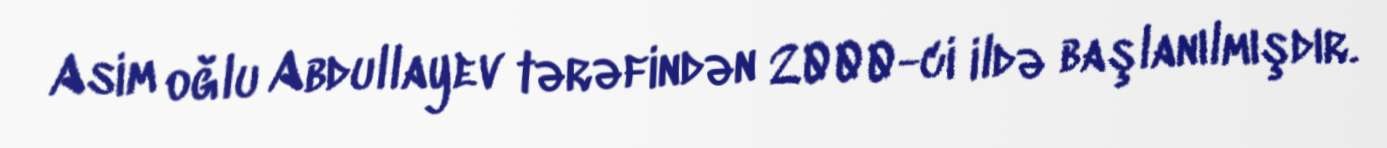
Asim oğlu Abdullayev tərəfindən 2000-ci ildə başlanılmışdır.